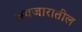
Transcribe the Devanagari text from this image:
अवजारातील